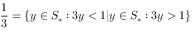
{ \frac { 1 } { 3 } } = \{ y \in S _ { * } : 3 y < 1 | y \in S _ { * } : 3 y > 1 \}